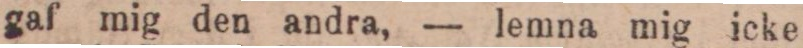
gaf mig den andra, — lemna mig icke